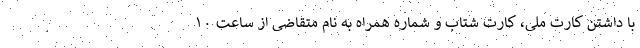
با داشتن کارت ملی، کارت شتاب و شماره همراه به نام متقاضی از ساعت ۱۰